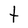
Character: t